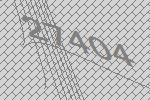
27404